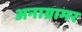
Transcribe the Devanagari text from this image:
अनाग्रामर